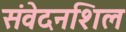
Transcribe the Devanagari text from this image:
संवेदनशिल